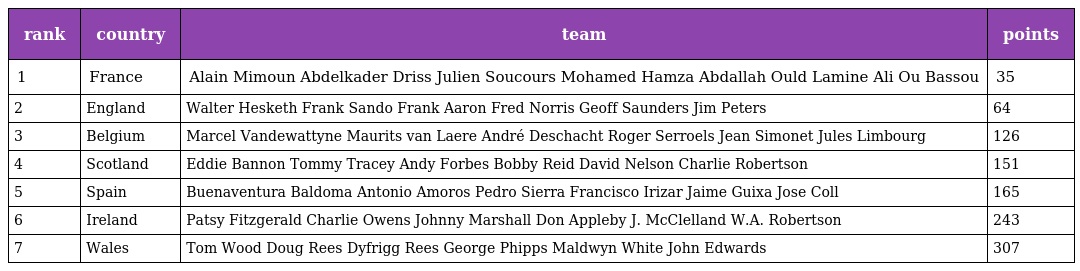
| rank | country | team | points |
 | --- | --- | --- | --- |
 | 1 | France | Alain Mimoun Abdelkader Driss Julien Soucours Mohamed Hamza Abdallah Ould Lamine Ali Ou Bassou | 35 |
 | 2 | England | Walter Hesketh Frank Sando Frank Aaron Fred Norris Geoff Saunders Jim Peters | 64 |
 | 3 | Belgium | Marcel Vandewattyne Maurits van Laere André Deschacht Roger Serroels Jean Simonet Jules Limbourg | 126 |
 | 4 | Scotland | Eddie Bannon Tommy Tracey Andy Forbes Bobby Reid David Nelson Charlie Robertson | 151 |
 | 5 | Spain | Buenaventura Baldoma Antonio Amoros Pedro Sierra Francisco Irizar Jaime Guixa Jose Coll | 165 |
 | 6 | Ireland | Patsy Fitzgerald Charlie Owens Johnny Marshall Don Appleby J. McClelland W.A. Robertson | 243 |
 | 7 | Wales | Tom Wood Doug Rees Dyfrigg Rees George Phipps Maldwyn White John Edwards | 307 |